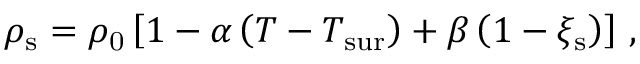
\rho _ { \mathrm { s } } = \rho _ { \mathrm { 0 } } \left[ 1 - \alpha \left( T - T _ { \mathrm { s u r } } \right) + \beta \left( 1 - \xi _ { \mathrm { s } } \right) \right] \, ,